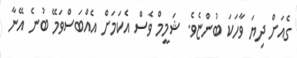
ގެއަށް ދިޔަ ވާހަކަ ބުންޏެވެ. ޝަމީމް ވެސް އެކަމަށް އެއްބަސްވަމޭ ބުނެ އޭނާ